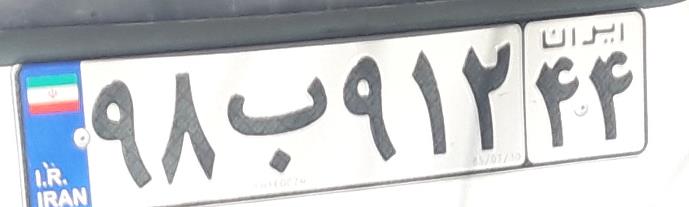
۹۸ب۹۱۲۴۴